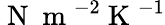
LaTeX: \mathrm{~N~}\mathrm{~m~}^{-2}\mathrm{~K~}^{-1}